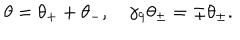
\theta = \theta _ { + } + \theta _ { - } , \quad \gamma _ { 9 } \theta _ { \pm } = \pm \theta _ { \pm } .